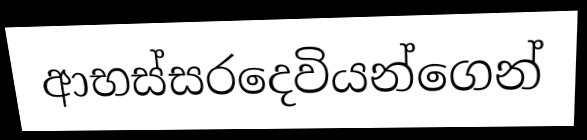
ආභස්සරදෙවියන්ගෙන්